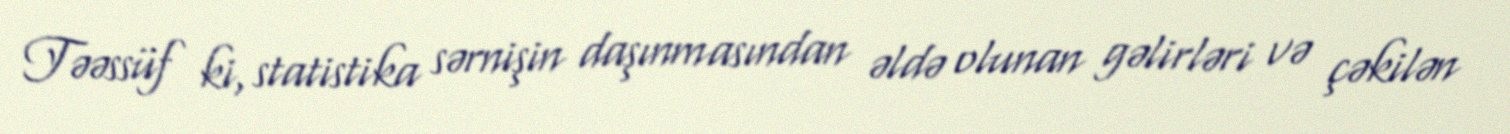
Təəssüf ki, statistika sərnişin daşınmasından əldə olunan gəlirləri və çəkilən